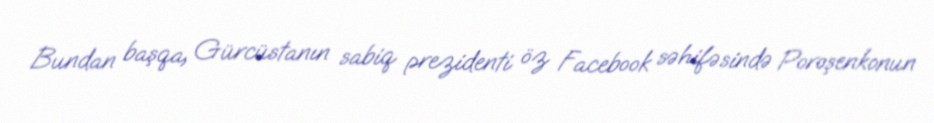
Bundan başqa, Gürcüstanın sabiq prezidenti öz Facebook səhifəsində Poroşenkonun